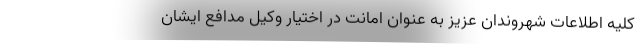
کلیه اطلاعات شهروندان عزیز به عنوان امانت در اختیار وکیل مدافع ایشان